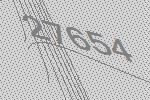
27654